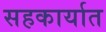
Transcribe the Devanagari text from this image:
सहकार्यात